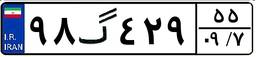
۹۰گ۵۹۵۷۵